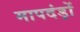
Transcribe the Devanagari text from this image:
मापदंड़ों